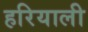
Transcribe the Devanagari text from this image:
हरियाली